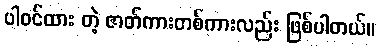
ပါဝင်ထား တဲ့ ဇာတ်ကားတစ်ကားလည်း ဖြစ်ပါတယ်။